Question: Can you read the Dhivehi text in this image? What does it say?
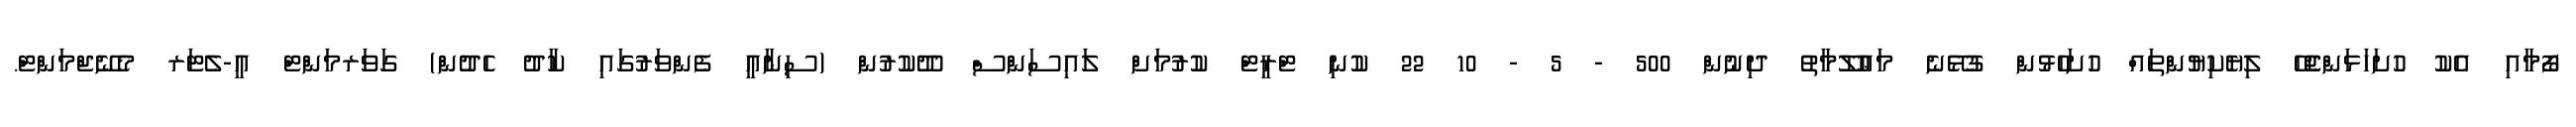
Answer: ފޯމާއި އެކު ހުށަހަޅަންޖެހޭ ލިޔެކިޔުންތައް ހުށަހެޅުން ގުޅޭނެ މަޢުލޫމާތު ދިނުން 500 - 5 - 10 22 ކުނި ޓްރީޓް ކުރުމަށް ލައިސަންސް ދޫކުރުން (ސިނާއީ ފެންވަރުގައި ކާދު ހެދުން) ގަވަރމަންޓް އީ-ލެޓަރ މެނޭޖްމަންޓް.